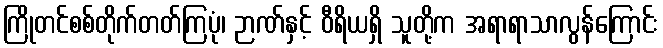
ကြိုတင်စစ်တိုက်တတ်ကြပုံ၊ ဉာဏ်နှင့် ဝီရိယရှိ သူတို့က အရာရာသာလွန်ကြောင်း